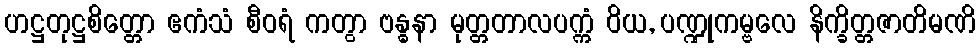
ဟဋ္ဌတုဋ္ဌစိတ္တော ဧကံသံ စီဝရံ ကတွာ ဗန္ဓနာ မုတ္တတာလပက္ကံ ဝိယ, ပဏ္ဍုကမ္ဗလေ နိက္ခိတ္တဇာတိမဏိ